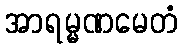
အာရမ္မဏမေတံ